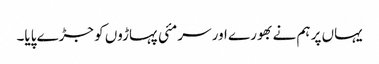
یہاں پر ہم نے بھورے اور سرمئی پہاڑوں کو جڑے پایا۔